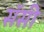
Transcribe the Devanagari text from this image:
सॅसी